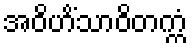
အဝိဟိံသာဝိတက္ကံ